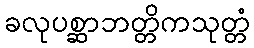
ခလုပစ္ဆာဘတ္တိကသုတ္တံ